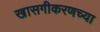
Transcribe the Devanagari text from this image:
खासगीकरणच्या